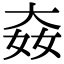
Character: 𡘛